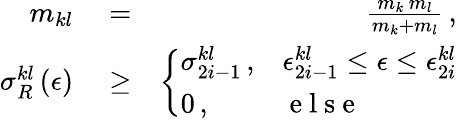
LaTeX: \begin{array}{rlr}{m_{kl}}&{{}=}&{\frac{m_{k}\, m_{l}}{m_{k}+m_{l}}\, ,}\\ {\sigma_{R}^{kl}\left(\epsilon\right)}&{{}\ge}&{\left\{ \begin{array}{ll}{\sigma_{2i-1}^{kl}\, ,}&{\epsilon_{2i-1}^{kl}\le\epsilon\le\epsilon_{2i}^{kl}}\\ {0\, ,}&{\mathrm{~e~l~s~e~}}\end{array}\right.}\end{array}